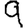
Digit: 9